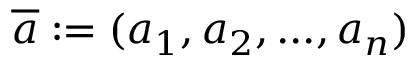
{ \overline { { a } } } : = ( a _ { 1 } , a _ { 2 } , . . . , a _ { n } )